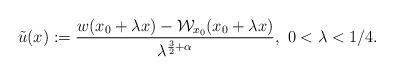
LaTeX: \begin{align*}\tilde{u}(x):=\frac{w(x_0+\lambda x)-\mathcal{W}_{x_0}(x_0+\lambda x)}{\lambda^{\frac{3}{2}+\alpha}}, \ 0<\lambda<1/4.\end{align*}